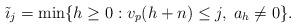
LaTeX: \begin{align*} \tilde{\imath}_j=\min\{h\ge0:v_p(h+n)\le j,\;a_h\not=0\}.\end{align*}